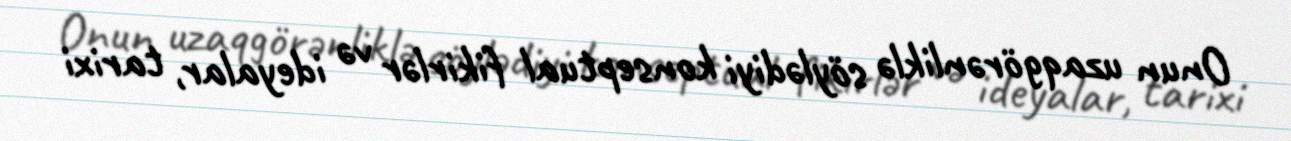
Onun uzaqgörənliklə söylədiyi konseptual fikirlər və ideyalar, tarixi